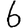
Digit: 6